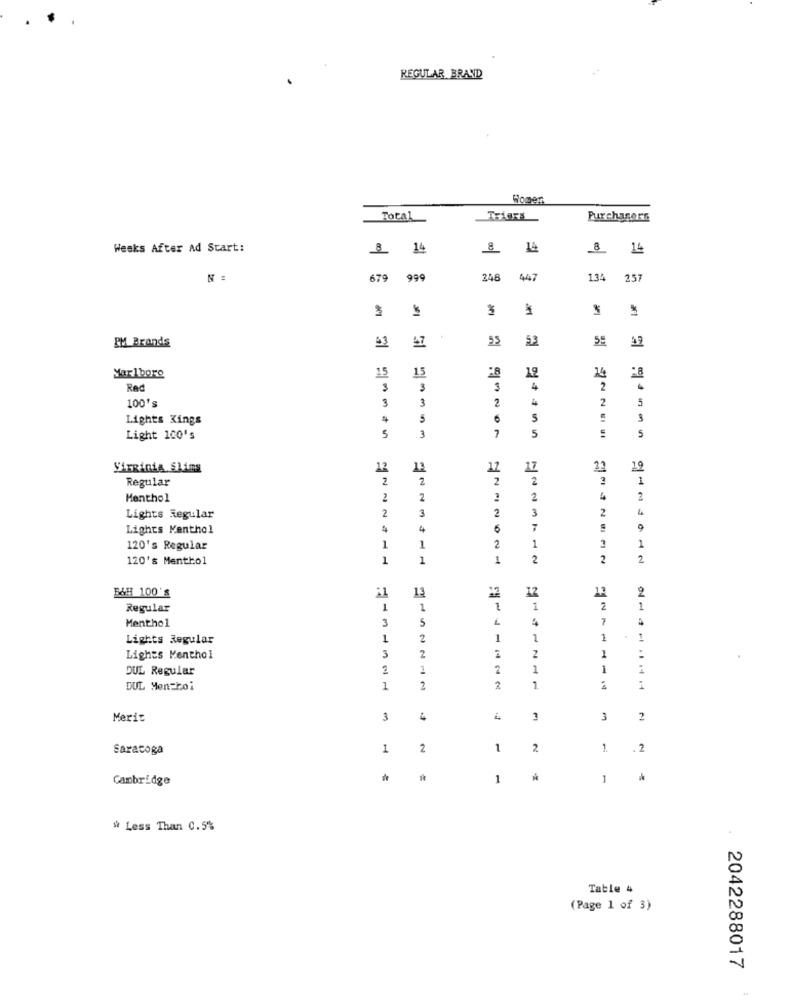
REGULAR BRAND
Homer
Total
Triers
Purchasers
Weeks After Ad Start:
8 14
8 14
N :
679
999
248
447
134
2.57
3
53
PM Brands
47
Marlboro
15
15
Red
3
4
2
100's
3
3
2
2
5
Lights Kings
NEI
3
3
7
5
5
Light 100's
5
Virginia Sling
12
13
17
17
19
Regular
2
2
2
2
1
Menthol
2
2
2
4
2
2
3
2
3
2
Lights Regular
Lights Menthol
4
4
6
7
1
120's Regular
1
1
2
1
120's Menthol
1
1
1
2
2
2
13
12
13
2
BAH 100'S
Regular
1
1
1
1
2
1
Menthol
3
5
4
7
Lights Regular
1
2
1
1
1
1
Lights Menthol
3
2
2
DUL Regular
1
2
1
1
DUL Men=boi
1
2
2
1
Merit
3
4
4
3
Saracoga
1
2
1
2
1
2
Cambridge
1
1
* Less Than 0.5%
Table 4
(Page 1 of 3)
2042288017